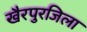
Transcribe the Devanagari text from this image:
खैरपुरजिला